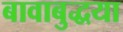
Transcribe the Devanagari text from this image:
बावाबुद्धया